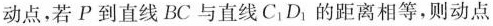
动点，若P到直线BC与直线C_{1}D_{1}的距离相等，则动点